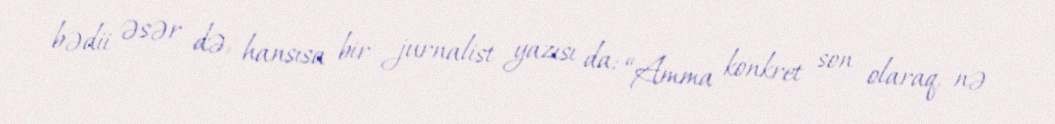
bədii əsər də, hansısa bir jurnalist yazısı da: “Amma konkret son olaraq, nə